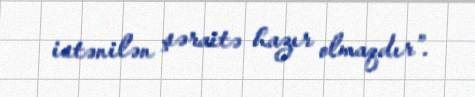
istənilən şəraitə hazır olmaqdır”.